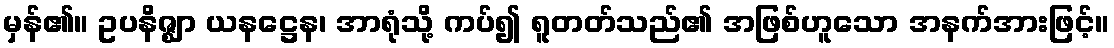
မှန်၏။ ဥပနိဇ္ဈာ ယနဋ္ဌေန၊ အာရုံသို့ ကပ်၍ ရူတတ်သည်၏ အဖြစ်ဟူသော အနက်အားဖြင့်။